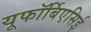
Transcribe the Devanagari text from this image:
यूफॉर्बिएसिई